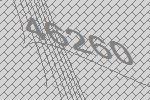
46260